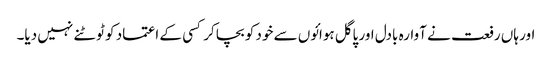
اور ہاں رفعت نے آوارہ بادل اور پاگل ہوائوں سے خود کو بچا کر کسی کے اعتماد کو ٹوٹنے نہیں دیا۔